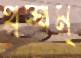
থম্‌থম্‌